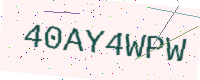
Text: 40AY4WPW